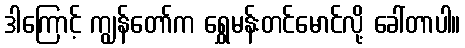
ဒါကြောင့် ကျွန်တော်က ရွှေမန်းတင်မောင်လို့ ခေါ်တာပါ။